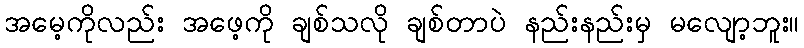
အမေ့ကိုလည်း အဖေ့ကို ချစ်သလို ချစ်တာပဲ နည်းနည်းမှ မလျော့ဘူး။